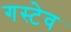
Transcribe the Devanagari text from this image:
गस्टेव